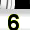
Digit: 6